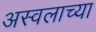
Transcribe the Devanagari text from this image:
अस्वलाच्या